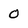
Character: 0